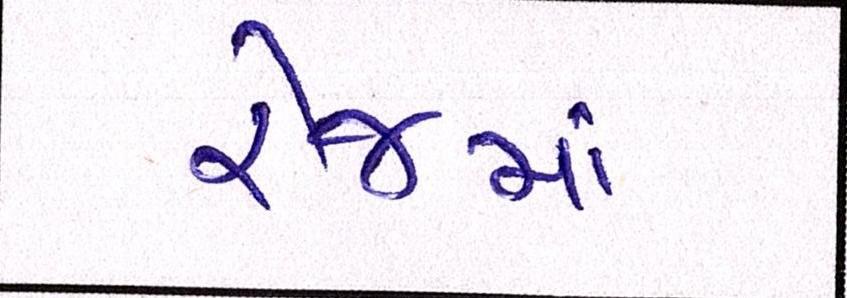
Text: રેંજમાં